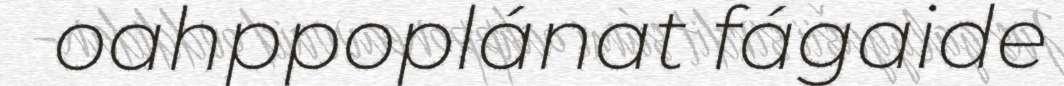
oahppoplánat fágaide